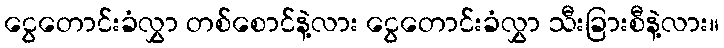
ငွေတောင်းခံလွှာ တစ်စောင်နဲ့လား ငွေတောင်းခံလွှာ သီးခြားစီနဲ့လား။